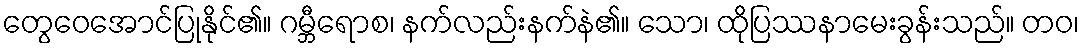
တွေဝေအောင်ပြုနိုင်၏။ ဂမ္ဘီရောစ၊ နက်လည်းနက်နဲ၏။ သော၊ ထိုပြဿနာမေးခွန်းသည်။ တဝ၊